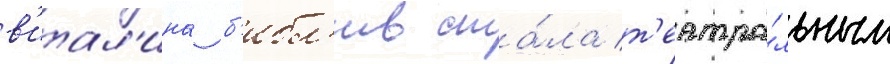
в'итал'ина б'ибл'ив ста́ла т'еатра́льным